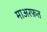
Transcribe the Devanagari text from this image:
माअरफ़त